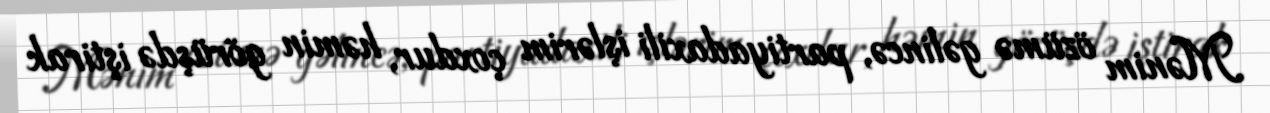
Mənim özümə gəlincə, partiyadaxili işlərim çoxdur, həmin görüşdə iştirak